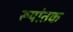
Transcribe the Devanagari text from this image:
रूपांतक